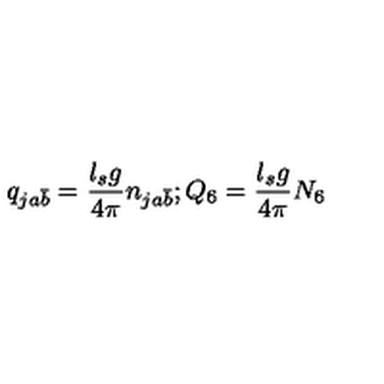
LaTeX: q _ { j a \bar { b } } = { \frac { l _ { s } g } { 4 \pi } } n _ { j a \bar { b } } ; Q _ { 6 } = { \frac { l _ { s } g } { 4 \pi } } N _ { 6 }